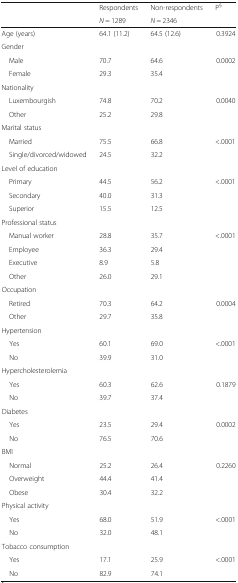
<table><thead><tr><td></td><td><b>Respondents</b></td><td><b>Non-respondents</b></td><td><b>P<sup>§</sup></b></td></tr><tr><td></td><td><b><i>N</i> = 1289</b></td><td><b><i>N</i> = 2346</b></td><td></td></tr></thead><tbody><tr><td>Age (years)</td><td>64.1 (11.2)</td><td>64.5 (12.6)</td><td>0.3924</td></tr><tr><td colspan="4">Gender</td></tr><tr><td> Male</td><td>70.7</td><td>64.6</td><td>0.0002</td></tr><tr><td> Female</td><td>29.3</td><td>35.4</td><td></td></tr><tr><td colspan="4">Nationality</td></tr><tr><td> Luxembourgish</td><td>74.8</td><td>70.2</td><td>0.0040</td></tr><tr><td> Other</td><td>25.2</td><td>29.8</td><td></td></tr><tr><td colspan="4">Marital status</td></tr><tr><td> Married</td><td>75.5</td><td>66.8</td><td>&lt;.0001</td></tr><tr><td> Single/divorced/widowed</td><td>24.5</td><td>32.2</td><td></td></tr><tr><td colspan="4">Level of education</td></tr><tr><td> Primary</td><td>44.5</td><td>56.2</td><td>&lt;.0001</td></tr><tr><td> Secondary</td><td>40.0</td><td>31.3</td><td></td></tr><tr><td> Superior</td><td>15.5</td><td>12.5</td><td></td></tr><tr><td colspan="4">Professional status</td></tr><tr><td> Manual worker</td><td>28.8</td><td>35.7</td><td>&lt;.0001</td></tr><tr><td> Employee</td><td>36.3</td><td>29.4</td><td></td></tr><tr><td> Executive</td><td>8.9</td><td>5.8</td><td></td></tr><tr><td> Other</td><td>26.0</td><td>29.1</td><td></td></tr><tr><td colspan="4">Occupation</td></tr><tr><td> Retired</td><td>70.3</td><td>64.2</td><td>0.0004</td></tr><tr><td> Other</td><td>29.7</td><td>35.8</td><td></td></tr><tr><td colspan="4">Hypertension</td></tr><tr><td> Yes</td><td>60.1</td><td>69.0</td><td>&lt;.0001</td></tr><tr><td> No</td><td>39.9</td><td>31.0</td><td></td></tr><tr><td colspan="4">Hypercholesterolemia</td></tr><tr><td> Yes</td><td>60.3</td><td>62.6</td><td>0.1879</td></tr><tr><td> No</td><td>39.7</td><td>37.4</td><td></td></tr><tr><td colspan="4">Diabetes</td></tr><tr><td> Yes</td><td>23.5</td><td>29.4</td><td>0.0002</td></tr><tr><td> No</td><td>76.5</td><td>70.6</td><td></td></tr><tr><td colspan="4">BMI</td></tr><tr><td> Normal</td><td>25.2</td><td>26.4</td><td>0.2260</td></tr><tr><td> Overweight</td><td>44.4</td><td>41.4</td><td></td></tr><tr><td> Obese</td><td>30.4</td><td>32.2</td><td></td></tr><tr><td colspan="4">Physical activity</td></tr><tr><td> Yes</td><td>68.0</td><td>51.9</td><td>&lt;.0001</td></tr><tr><td> No</td><td>32.0</td><td>48.1</td><td></td></tr><tr><td colspan="4">Tobacco consumption</td></tr><tr><td> Yes</td><td>17.1</td><td>25.9</td><td>&lt;.0001</td></tr><tr><td> No</td><td>82.9</td><td>74.1</td><td></td></tr></tbody></table>